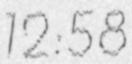
12:58